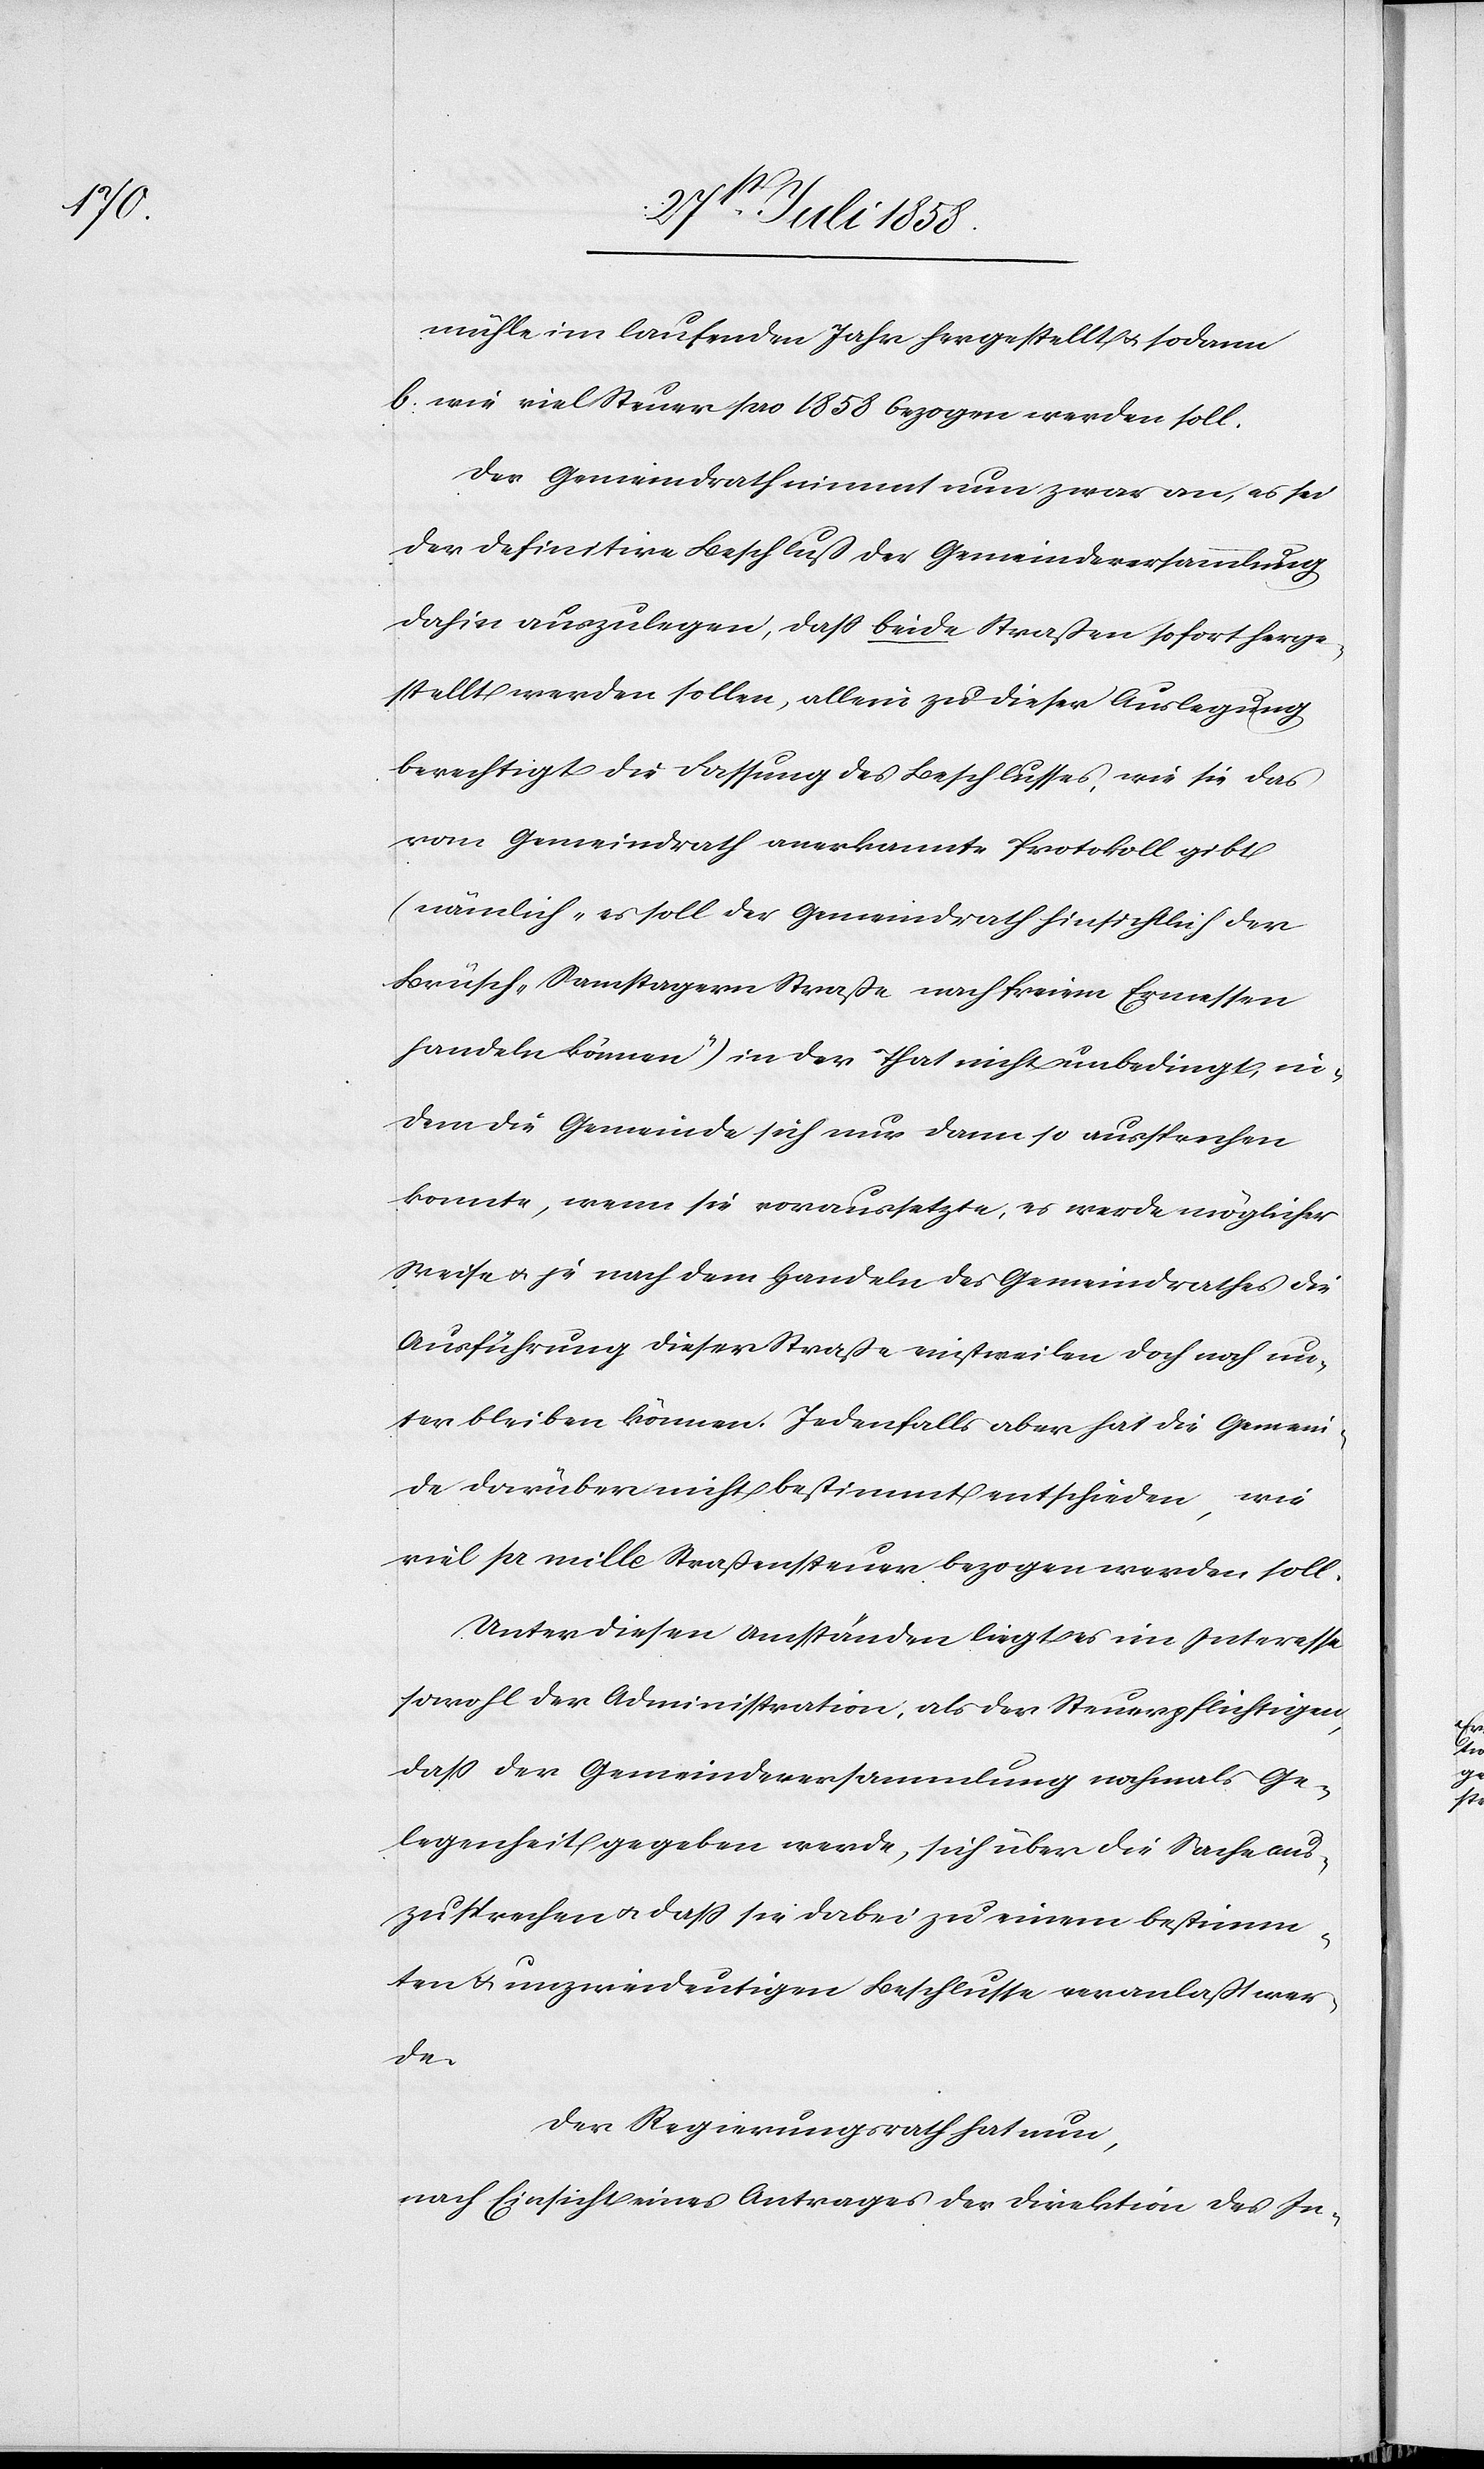
mühle im laufenden Jahr hergestellt & sodann
wie viel Steuer pro 1858 bezogen werden soll.
Der Gemeindrath nimmt nun zwar an, es sei
der definitive Beschluß der Gemeindeversammlung
dahin auszulegen, dass beide Straßen sofort herge¬
stellt werden sollen, allein zu dieser Auslegung
berechtigt die Fassung des Beschlusses, wie sie das
vom Gemeindrath anerkannte Protokoll gibt
(nämlich „es soll der Gemeindrath hinsichtlich der
Brüsch–Samstagern Straße nach freiem Ermessen
handeln können“) in der That nicht unbedingt, in¬
dem die Gemeinde sich nur dann so aussprechen
konnte, wenn sie voraussetzte, es werde möglicher
Weise & je nach dem Handeln des Gemeindrathes die
Ausführung dieser Straße einstweilen doch noch un¬
terbleiben können. Jedenfalls aber hat die Gemein¬
de darüber nicht bestimmt entschieden, wie
viel pr mille Straßensteuer bezogen werden soll.
Unter diesen Umständen liegt es im Interesse
sowohl der Administration, als der Steuerpflichtigen,
dass der Gemeindeversammlung nochmals Ge¬
legenheit gegeben werde, sich über die Sache aus¬
zusprechen & dass sie dabei zu einem bestimm¬
ten & unzweideutigen Beschlusse veranlaßt wer¬
de.
Der Regierungsrath hat nun,
nach Einsicht eines Antrages der Direktion des In-